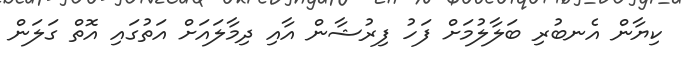
ކިޔާން އެނބުރި ބަލާލުމަށް ފަހު ފިރުޝާން އާއި ދިމާލައަށް އަތުގައި އޮތް ގަލަން